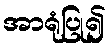
အာရုံပြု၍